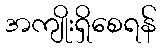
အကျိုးရှိစေရန်